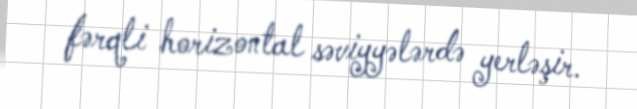
fərqli horizontal səviyyələrdə yerləşir.